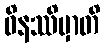
ဝိနဿိမှာတိ